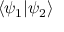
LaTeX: \langle \psi _ { 1 } | \psi _ { 2 } \rangle